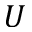
U